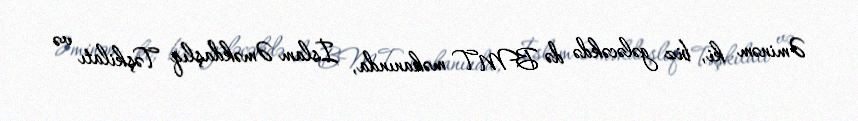
Əminəm ki, biz gələcəkdə də BMT məkanında, İslam Əməkdaşlıq Təşkilatı və